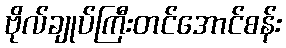
ဗိုလ်ချုပ်ကြီးတင်အောင်စန်း